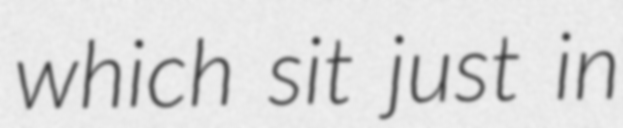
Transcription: which sit just in